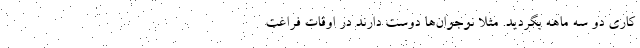
کاری دو سه ماهه بگردید. مثلا نوجوان‌ها دوست دارند در اوقات فراغت